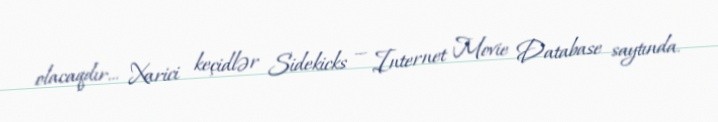
olacaqdır… Xarici keçidlər Sidekicks — Internet Movie Database saytında.